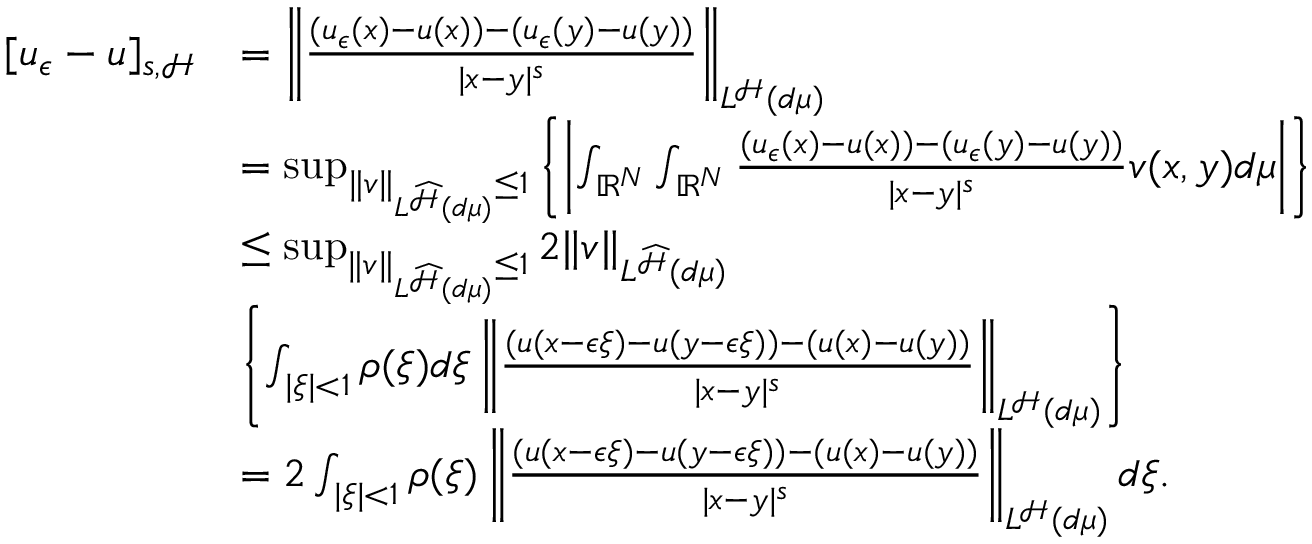
\begin{array} { r l } { [ u _ { \epsilon } - u ] _ { s , \mathcal { H } } } & { = \left\| \frac { ( u _ { \epsilon } ( x ) - u ( x ) ) - ( u _ { \epsilon } ( y ) - u ( y ) ) } { | x - y | ^ { s } } \right\| _ { L ^ { \mathcal { H } } ( d \mu ) } } \\ & { = \operatorname* { s u p } _ { \| v \| _ { L ^ { \widehat { \mathcal { H } } } ( d \mu ) } \leq 1 } \left\lbrace \left| \int _ { { \mathbb R } ^ { N } } \int _ { { \mathbb R } ^ { N } } \frac { ( u _ { \epsilon } ( x ) - u ( x ) ) - ( u _ { \epsilon } ( y ) - u ( y ) ) } { | x - y | ^ { s } } v ( x , y ) d \mu \right| \right\rbrace } \\ & { \leq \operatorname* { s u p } _ { \| v \| _ { L ^ { \widehat { \mathcal { H } } } ( d \mu ) } \leq 1 } 2 \| v \| _ { L ^ { \widehat { \mathcal { H } } } ( d \mu ) } } \\ & { \left\lbrace \int _ { | \xi | < 1 } \rho ( \xi ) d \xi \left\| \frac { ( u ( x - \epsilon \xi ) - u ( y - \epsilon \xi ) ) - ( u ( x ) - u ( y ) ) } { | x - y | ^ { s } } \right\| _ { L ^ { \mathcal { H } } ( d \mu ) } \right\rbrace } \\ & { = 2 \int _ { | \xi | < 1 } \rho ( \xi ) \left\| \frac { ( u ( x - \epsilon \xi ) - u ( y - \epsilon \xi ) ) - ( u ( x ) - u ( y ) ) } { | x - y | ^ { s } } \right\| _ { L ^ { \mathcal { H } } ( d \mu ) } d \xi . } \end{array}